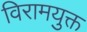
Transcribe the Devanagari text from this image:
विरामयुक्त